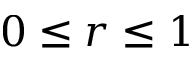
0 \le r \le 1